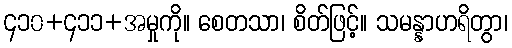
၄၁၀+၄၁၁+အမှုကို။ စေတသာ၊ စိတ်ဖြင့်။ သမန္နာဟရိတွာ၊